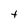
Character: t